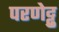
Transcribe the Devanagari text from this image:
परणेट्टु